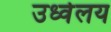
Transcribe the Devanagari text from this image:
उर्ध्वलय